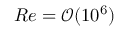
R e = \mathcal { O } ( 1 0 ^ { 6 } )